Karu_vallavalitsus_Parnumaal, lk 52
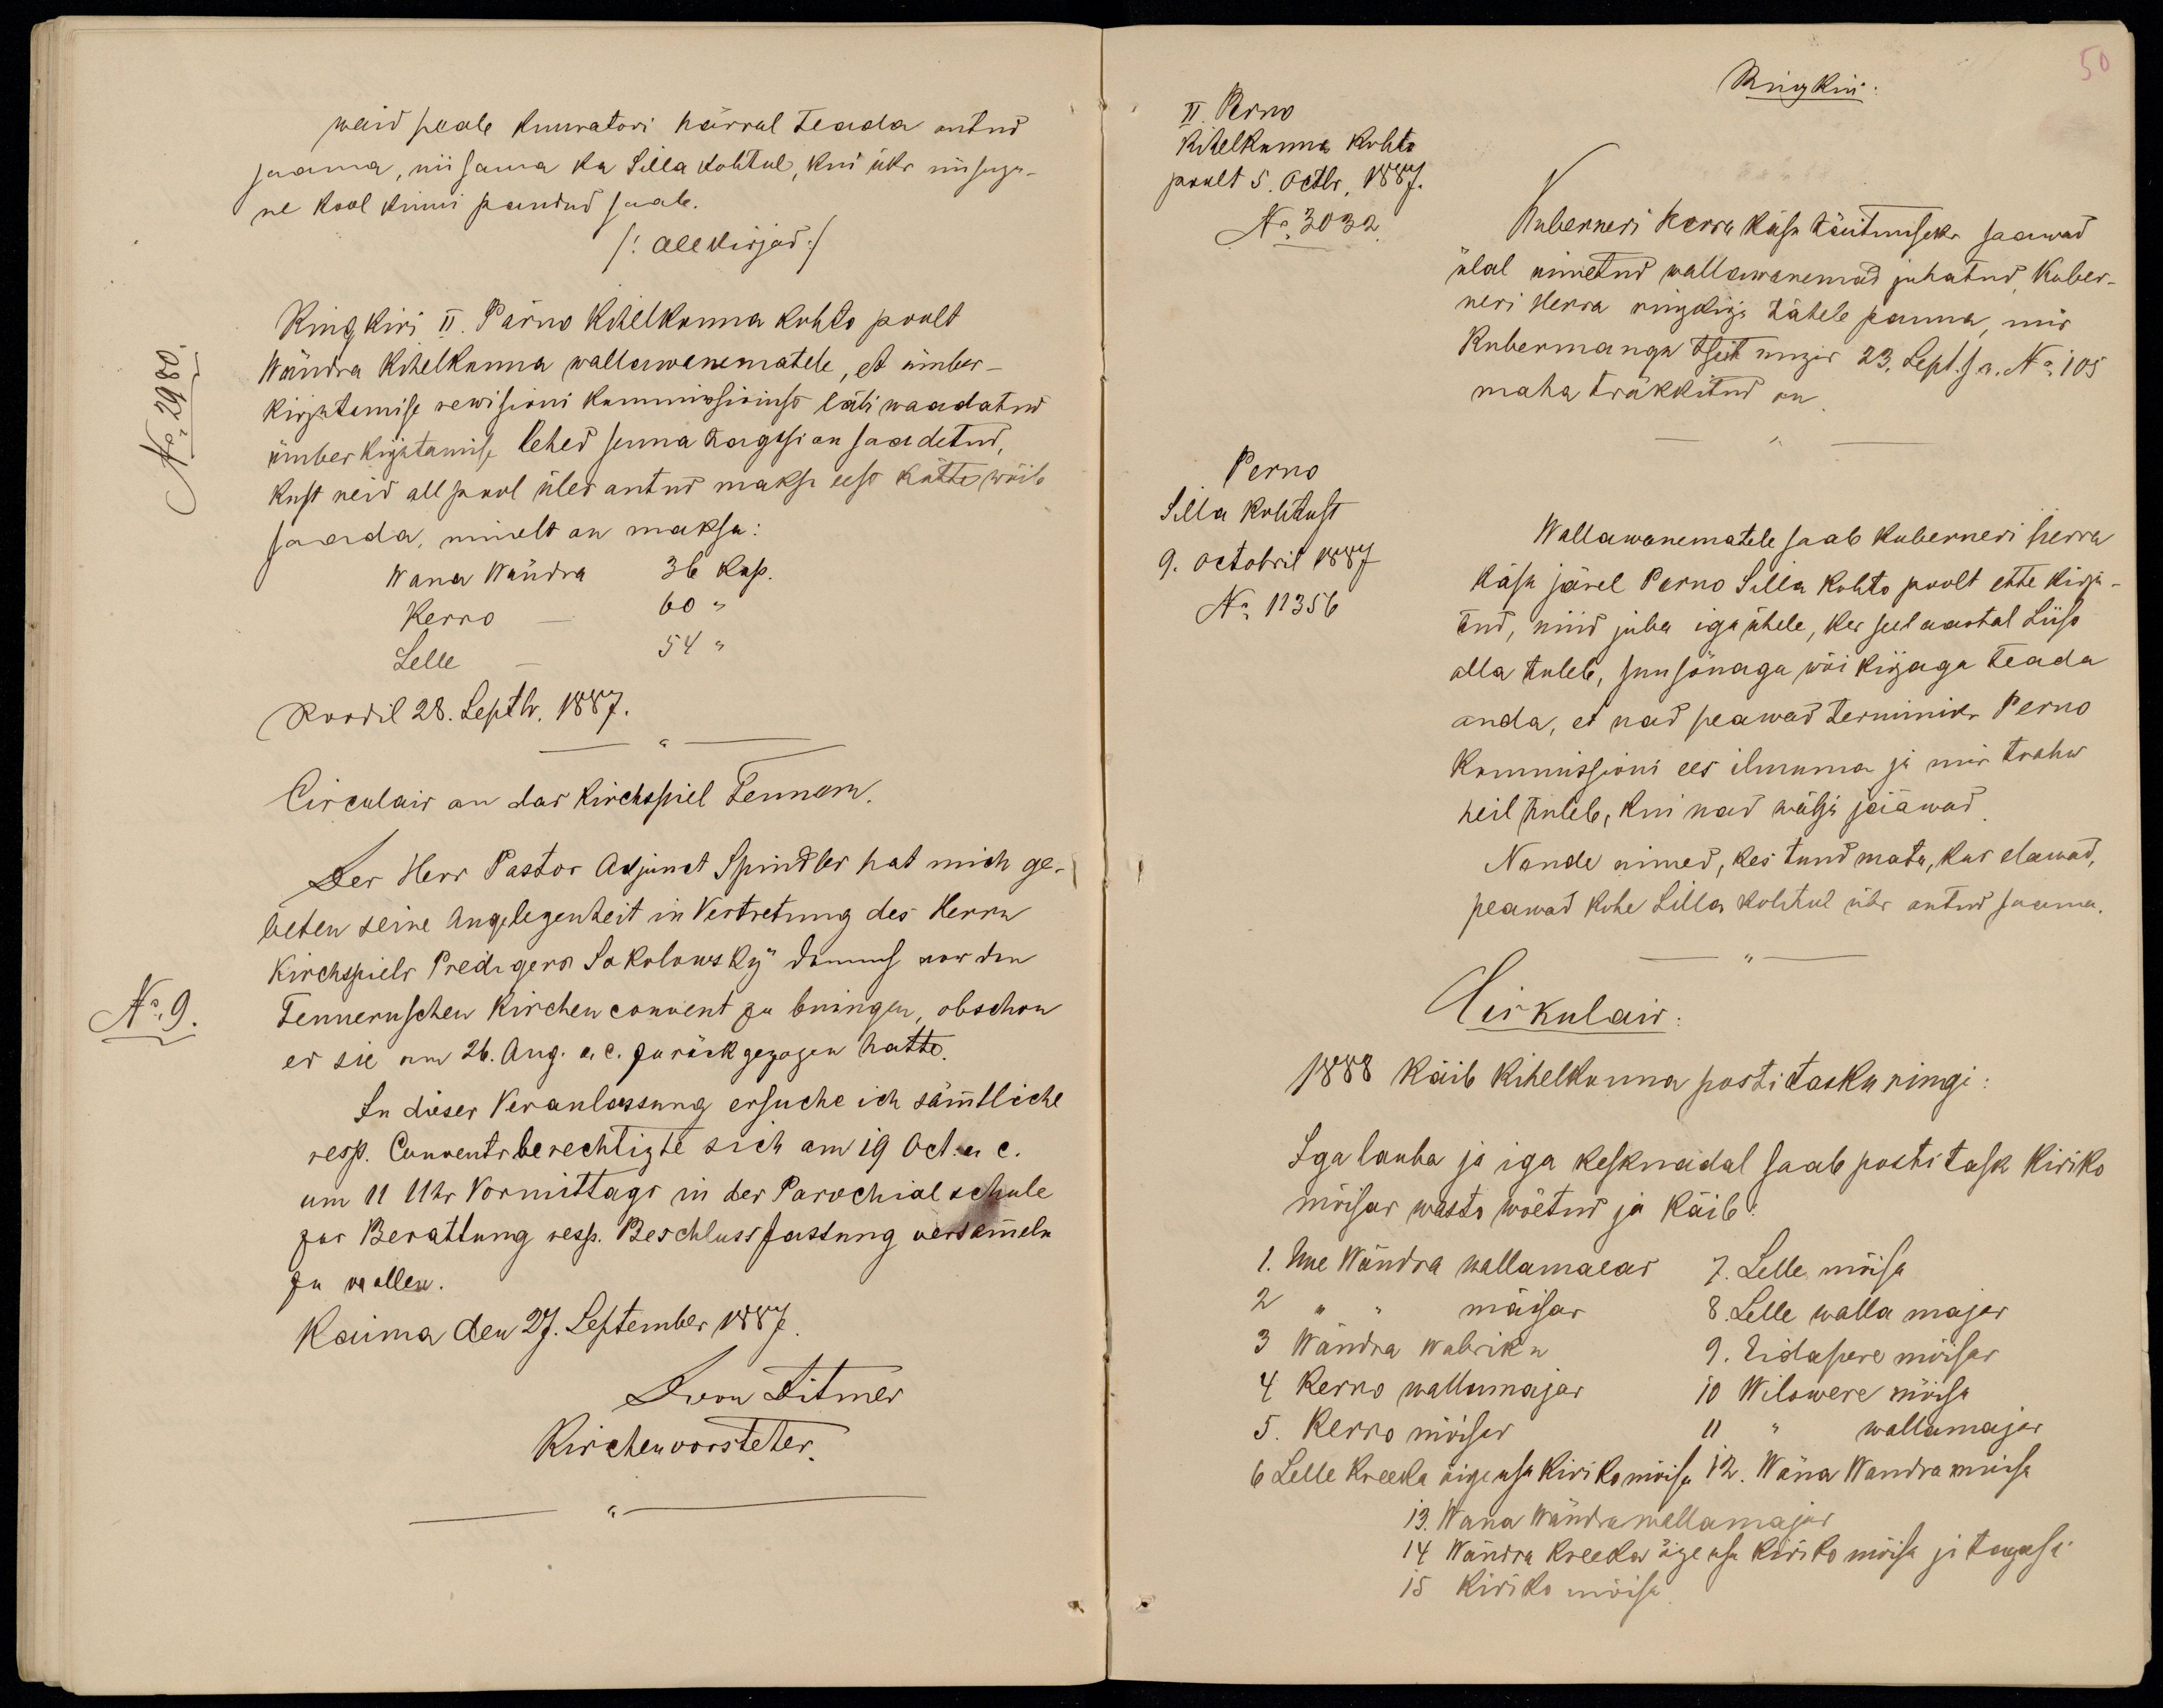
waid peab kuuratori härral teada antud
saama, nii sama ka Silla kohtul, kui üks niisugu-
ne kool kinni pandud saab.
/allkirjad/
Ringkiri II. Pärno Kihelkonna kohto poolt
No 2980.
Wändra Kihelkonna wallawanematele, et ümber-
kirjutamise rewisioni kommissionist läbi waadatud
ümber kirjutamise lehed senna tagasi on saadetud,
kust neid all pool üles antud maksu eest kätte wõib
saada, nimelt on maksa:
Wana Wändra 36 kop.
Kerro-  60 "
Lelle - 54 "
Roodil 28. Septbr. 1887.
No 9.

50
II. Perno
Kihelkonna Kohto
poolt 5. Octbr, 1887.
No 3032
Ringkiri
Kuberneri herra käsu täitmiseks saawad
ülal nimetud wallawanemad juhatud, Kuber-
neri Herra ringkirja tähele panna, mis
Kubermangu tseitungis 23. Sept. s.a. No 105
maha trükkitud on.
Perno
Silla kohtust
9. Octobril 1887
No 11356
Wallawanematele saab kuberneri herra
käsu järel Perno Silla kohto poolt ette kirju-
tud, nüid juba iga ühele, kes seel aastal Liiso
alla tuleb, suusõnaga wõi kirjaga teada
anda, et nad peawad terminiks Perno
Kommissioni ees ilmuma ja mis trahw
neil tuleb, kui nad wälja jääwad.
Nende nimed, kes tundmata, kus elawad,
peawad kohe Silla kohtul üles antud saama.
Sirkulair:
1888 käib kihelkonna posti tasku ringi:
Iga lauba ja iga kesknädal saab postitask kiriko
mõisas wasto wõetud ja käib:
1. Uue Wändra vallamaeas
2 " " mõisas
3 Wändra wabriku
4 Kerro wallamajas
5. Kerro mõisas
6 Lelle Kreeka õigeusu kiriko mõisa
7. Lelle mõisa
8. Lelle walla majas
9. Eidapere mõisas
10 Wilowere mõisa
11 " wallamajas
12. Wäna Wandra mõisa
13. Wana Wändra wallamajas
14 Wändra Kreeka õigeusu kiriko mõisa ja tagasi
15 kiriko mõisa